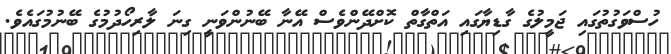
ހުސްވަގުތުގައި ޖަމީލުގެ ގާޑިޔާގައި އަތްގާތް ކޮށްދޭންވެސް އޭނާ ބޭނުންވަނީ ގިނަ ލާރިހޯދުމުގެ ބޭނުމުގައެވެ.